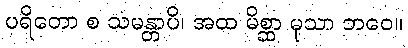
ပရိတော စ သမန္တာပိ၊ အထ မိစ္ဆာ မုသာ ဘဝေ။